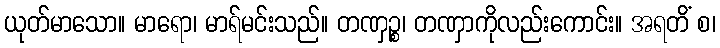
ယုတ်မာသော။ မာရော၊ မာရ်မင်းသည်။ တဏှဉ္စ၊ တဏှာကိုလည်းကောင်း။ အရတိံ စ၊